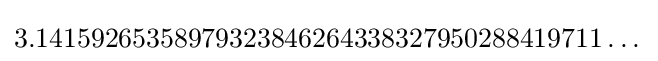
3.14159265358979323846264338327950288419711\dots